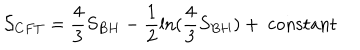
{ \cal S } _ { C F T } = \frac { 4 } { 3 } S _ { B H } - \frac { 1 } { 2 } \mathrm { l n } ( \frac { 4 } { 3 } S _ { B H } ) + ~ \mathrm { c o n s t a n t }